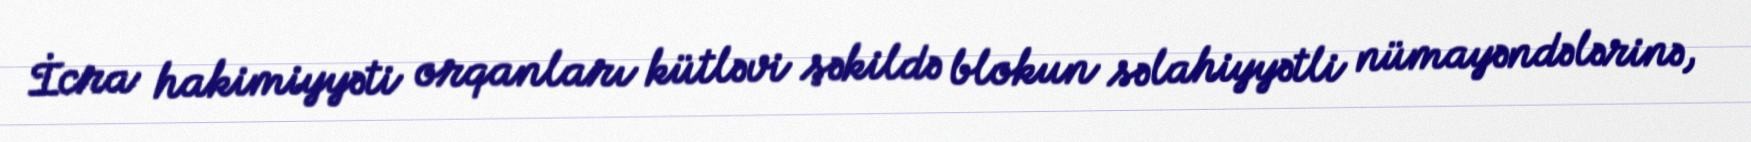
İcra hakimiyyəti orqanları kütləvi şəkildə blokun səlahiyyətli nümayəndələrinə,